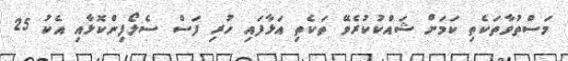
މަސްތުވާތަކެތި ކަމަށް ޝައްކުކުރެވޭ ތަކެތި އަޅާފައި ހުރި ފަސް ސެލޯފިންކޮޅާއި އެކު 25